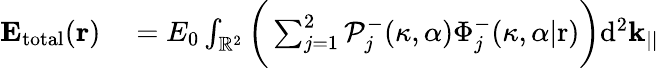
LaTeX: \begin{array}{rl}{\mathbf{E_{\mathrm{total}}}(\mathbf{r})}&{{}=E_{0}\int_{\mathbb{R}^{2}}\bigg(\sum_{j=1}^{2}\mathcal{P}_{j}^{-}(\kappa,\alpha)\Phi_{j}^{-}(\kappa,\alpha|\mathrm{r})\bigg)\mathrm{d}^{2}\mathbf{k}_{||}}\end{array}